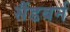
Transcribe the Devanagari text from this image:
सैंडबर्न